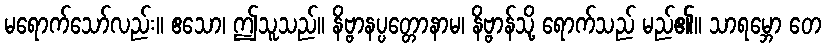
မရောက်သော်လည်း။ ဧသော၊ ဤသူသည်။ နိဗ္ဗာနပ္ပတ္တောနာမ၊ နိဗ္ဗာန်သို့ ရောက်သည် မည်၏။ သာရမ္ဘော တေ